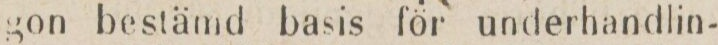
gon bestämd basis för underhandlin-